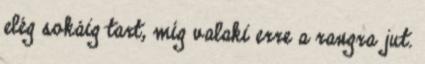
elég sokáig tart, míg valaki erre a rangra jut.